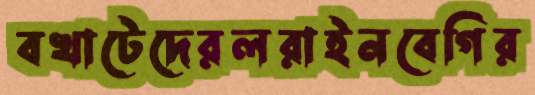
বখাটেদেরলরাইনবেগির